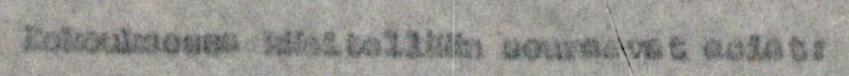
kokouksessa käsitellään seuraavat asiat: